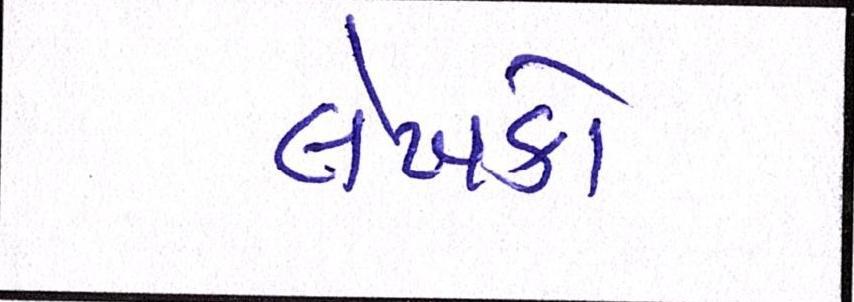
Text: લેખકો